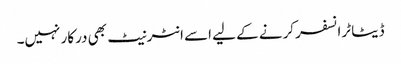
ڈیٹا ٹرانسفر کرنے کے لیے اسے انٹرنیٹ بھی درکار نہیں۔